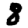
Digit: 8